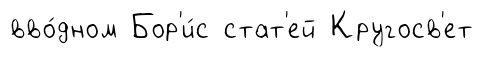
вво́дном Бор'и́с стат'ей Кругосв'ет